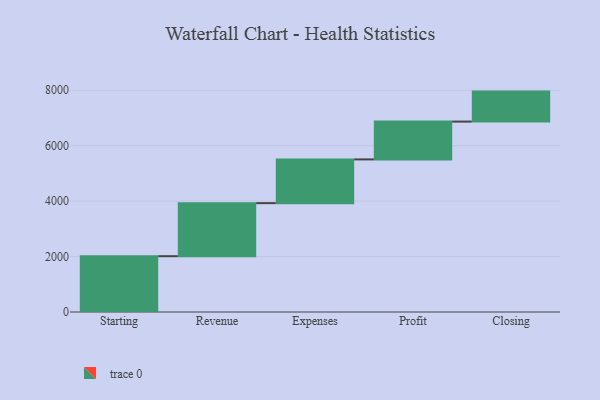
{"axis": {"x": "Step", "y": "Value"}, "legend": [""], "data": [{"x": "Starting", "y": 2013.0, "type": ""}, {"x": "Revenue", "y": 1914.0, "type": ""}, {"x": "Expenses", "y": 1578.0, "type": ""}, {"x": "Profit", "y": 1364.0, "type": ""}, {"x": "Closing", "y": 1082.0, "type": ""}]}